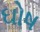
ઘોષ